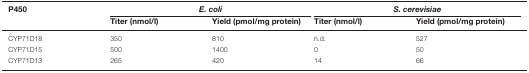
<table><thead><tr><td><b>P450</b></td><td colspan="2"><b><i>E. coli</i></b></td><td colspan="2"><b><i>S. cerevisiae</i></b></td></tr><tr><td>[EMPTY_CELL]</td><td><b>Titer (nmol/l)</b></td><td><b>Yield (pmol/mg protein)</b></td><td><b>Titer (nmol/l)</b></td><td><b>Yield (pmol/mg protein)</b></td></tr></thead><tbody><tr><td>CYP71D18</td><td>350</td><td>810</td><td>n.d.</td><td>527</td></tr><tr><td>CYP71D15</td><td>500</td><td>1400</td><td>0</td><td>50</td></tr><tr><td>CYP71D13</td><td>265</td><td>420</td><td>14</td><td>66</td></tr></tbody></table>